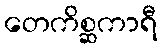
တေကိစ္ဆကာရီ